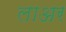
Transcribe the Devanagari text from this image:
लाअर